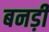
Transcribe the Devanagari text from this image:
बनड़ी